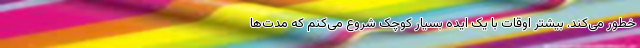
خطور می‌کند. بیشتر اوقات با یک ایده بسیار کوچک شروع می‌کنم که مدت‌ها